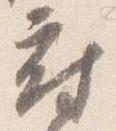
府